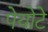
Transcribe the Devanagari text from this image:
पेयोटे